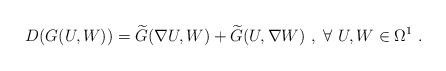
LaTeX: \begin{align*}D(G(U, W)) = \widetilde{G} (\nabla U, W) +\widetilde{G} (U, \nabla W)~, ~\forall ~ U, W \in \Omega^1~.\end{align*}